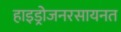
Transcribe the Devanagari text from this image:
हाइड्रोजनरसायनत